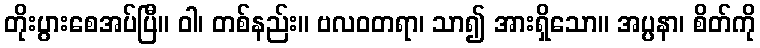
တိုးပွားစေအပ်ပြီ။ ဝါ၊ တစ်နည်း။ ဗလဝတရာ၊ သာ၍ အားရှိသော။ အပ္ပနာ၊ စိတ်ကို